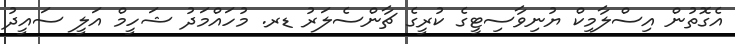
އެގޮތުން އިސްލާމިކް ޔުނިވާސިޓީގެ ކުރީގެ ޗާންސެލަރު ޑރ. މުހައްމަދު ޝަހީމް އަލީ ސައީދު